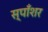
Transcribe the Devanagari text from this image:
स्पाँशर